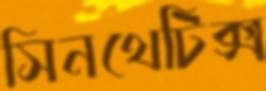
সিনথেটিক্স